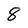
Character: 8